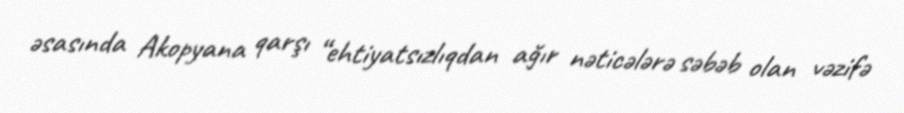
əsasında Akopyana qarşı “ehtiyatsızlıqdan ağır nəticələrə səbəb olan vəzifə